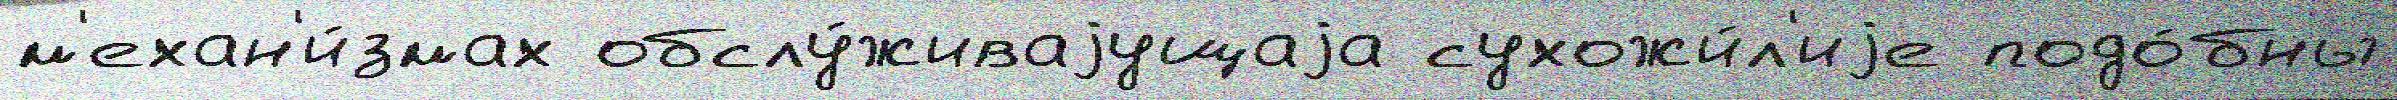
м'ехан'и́змах обслу́живаjущаjа сухожи́л'иjе подо́бны